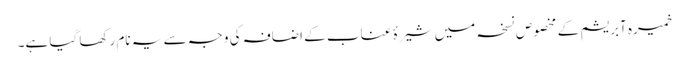
خمیرہ آبریشم کے مخصوص نسخہ میں شیرۂ عناب کے اضافہ کی وجہ سے یہ نام رکھا گیا ہے۔